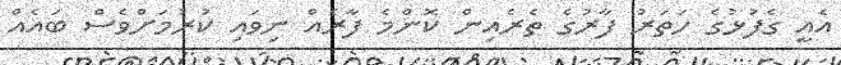
އެއީ ގެފުޅުގެ ހަތަރު ފާރުގެ ތެރެއިން ކޮންމެ ފާރެއް ނިވައި ކުރުމަށްވެސް ބައެއް